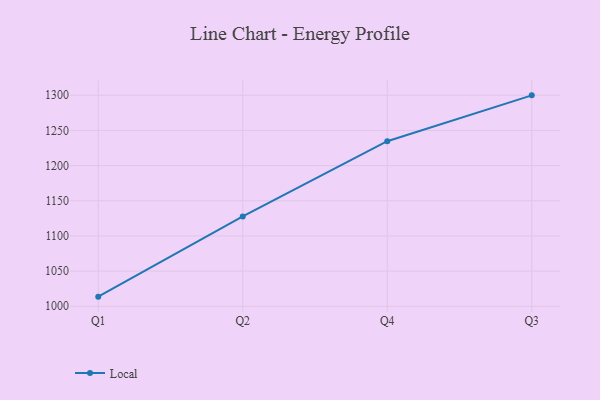
{"axis": {"x": "Quarter", "y": "Bounce Rate (%)"}, "legend": ["Local"], "data": [{"x": "Q1", "y": 1013.7, "type": "Local"}, {"x": "Q2", "y": 1127.7, "type": "Local"}, {"x": "Q4", "y": 1234.7, "type": "Local"}, {"x": "Q3", "y": 1299.9, "type": "Local"}]}